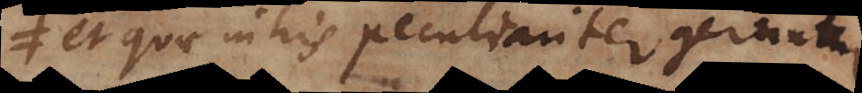
et quae in his peculiariter geruntur,